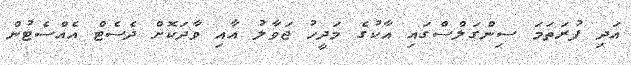
އަދި ފުރަތަމަ ސިންގަލްސްގައި އާކުގެ މަދީހު ޖަވާލު އާއި ވާދަކޮށް ދެސެޓް އެއްސެޓުން